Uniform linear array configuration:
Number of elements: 48
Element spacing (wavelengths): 1
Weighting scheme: exponential
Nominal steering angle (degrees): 30
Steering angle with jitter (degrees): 31.212
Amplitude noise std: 0.05
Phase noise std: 0.05

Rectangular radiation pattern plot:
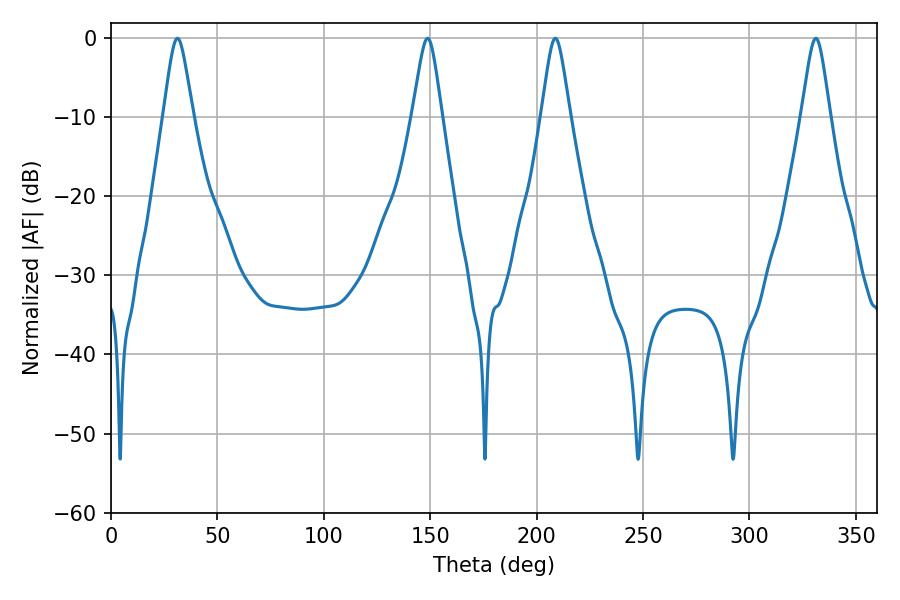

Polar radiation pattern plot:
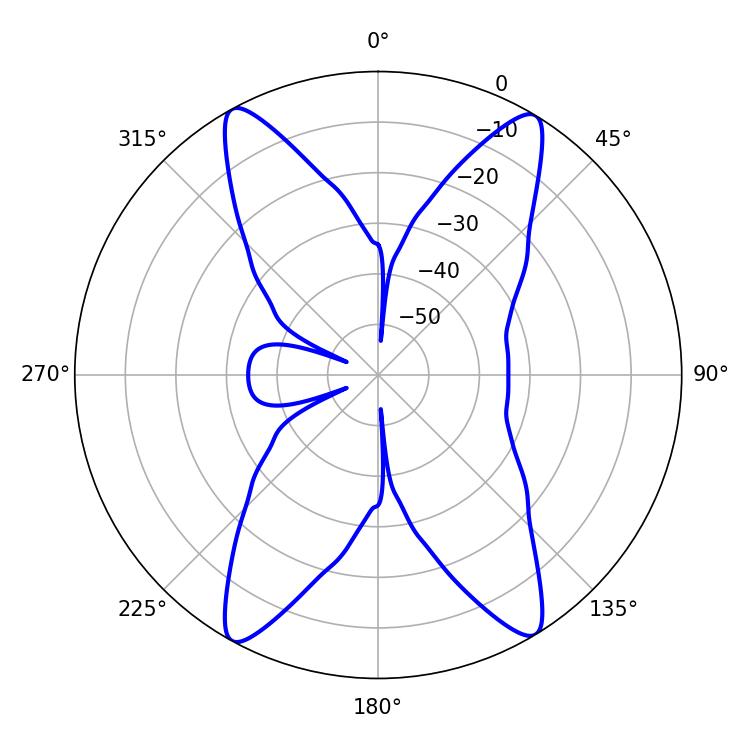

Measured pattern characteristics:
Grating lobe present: TRUE
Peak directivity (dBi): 20.998
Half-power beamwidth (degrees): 6.48
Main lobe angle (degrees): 208.8